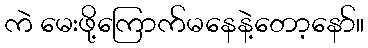
ကဲ မေးဖို့ကြောက်မနေနဲ့တော့နော်။